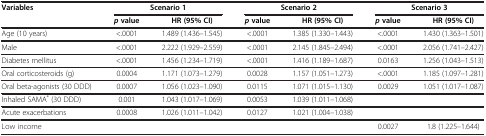
<table><thead><tr><td><b>Variables</b></td><td colspan="2"><b>Scenario 1</b></td><td colspan="2"><b>Scenario 2</b></td><td colspan="2"><b>Scenario 3</b></td></tr><tr><td><b> </b></td><td><b><i>p</i>value</b></td><td><b>HR (95% CI)</b></td><td><b><i>p</i>value</b></td><td><b>HR (95% CI)</b></td><td><b><i>p</i>value</b></td><td><b>HR (95% CI)</b></td></tr></thead><tbody><tr><td>Age (10 years)</td><td>&lt;.0001</td><td>1.489 (1.436–1.545)</td><td>&lt;.0001</td><td>1.385 (1.330–1.443)</td><td>&lt;.0001</td><td>1.430 (1.363–1.501)</td></tr><tr><td>Male</td><td>&lt;.0001</td><td>2.222 (1.929–2.559)</td><td>&lt;.0001</td><td>2.145 (1.845–2.494)</td><td>&lt;.0001</td><td>2.056 (1.741–2.427)</td></tr><tr><td>Diabetes mellitus</td><td>&lt;.0001</td><td>1.456 (1.234–1.719)</td><td>&lt;.0001</td><td>1.416 (1.189–1.687)</td><td>0.0163</td><td>1.256 (1.043–1.513)</td></tr><tr><td>Oral corticosteroids (g)</td><td>0.0004</td><td>1.171 (1.073–1.279)</td><td>0.0028</td><td>1.157 (1.051–1.273)</td><td>&lt;.0001</td><td>1.185 (1.097–1.281)</td></tr><tr><td>Oral beta-agonists (30 DDD)</td><td>0.0007</td><td>1.056 (1.023–1.090)</td><td>0.0115</td><td>1.071 (1.015–1.130)</td><td>0.0029</td><td>1.051 (1.017–1.087)</td></tr><tr><td>Inhaled SAMA<sup>*</sup> (30 DDD)</td><td>0.001</td><td>1.043 (1.017–1.069)</td><td>0.0053</td><td>1.039 (1.011–1.068)</td><td> </td><td> </td></tr><tr><td>Acute exacerbations</td><td>0.0008</td><td>1.026 (1.011–1.042)</td><td>0.0127</td><td>1.021 (1.004–1.038)</td><td> </td><td> </td></tr><tr><td>Low income</td><td> </td><td> </td><td> </td><td> </td><td>0.0027</td><td>1.8 (1.225–1.644)</td></tr></tbody></table>